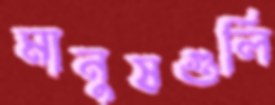
মানুষগুলি